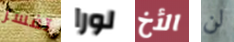
تفسر لورا الأخ لن